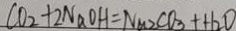
C O _ { 2 } + 2 N a O H = N a 2 C O _ { 3 } + H _ { 2 } O